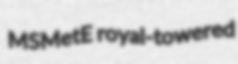
MSMetE royal-towered